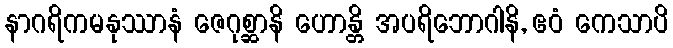
နာဂရိကမနုဿာနံ ဇေဂုစ္ဆာနိ ဟောန္တိ အပရိဘောဂါနိ, ဧဝံ ကေသာပိ